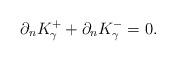
LaTeX: \begin{align*}\partial_n K^+_\gamma +\partial_n K^-_\gamma=0.\end{align*}